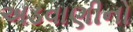
અડવાણીનો